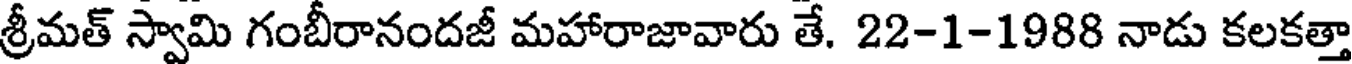
శ్రీమత్ స్వామి గంబీరానందజీ మహారాజావారు తే. 22-1-1988 నాడు కలకత్తా